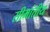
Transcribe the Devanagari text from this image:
सीमांतीय